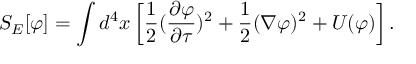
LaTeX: S _ { E } [ \varphi ] = \int d ^ { 4 } { x } \left[ { \frac { 1 } { 2 } } ( { \frac { \partial \varphi } { \partial \tau } } ) ^ { 2 } + { \frac { 1 } { 2 } } ( \nabla \varphi ) ^ { 2 } + U ( \varphi ) \right] .